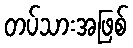
တပ်သားအဖြစ်